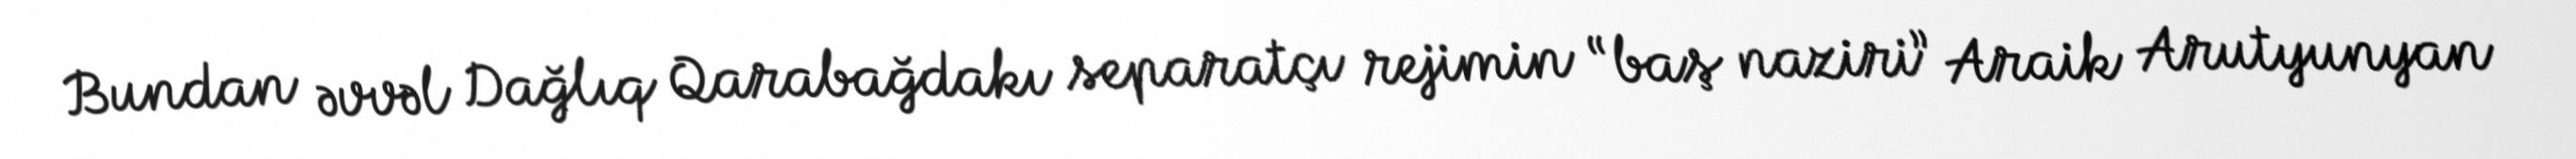
Bundan əvvəl Dağlıq Qarabağdakı separatçı rejimin “baş naziri” Araik Arutyunyan